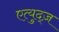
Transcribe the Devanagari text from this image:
एत्युद्ज़